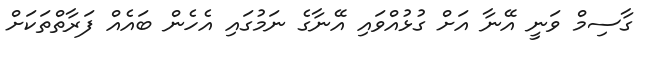
ގާސިމް ވަނީ އޭނާ އަށް ގުޅުއްވައި އޭނާގެ ނަމުގައި އެހެން ބައެއް ފަރާތްތަކަށް